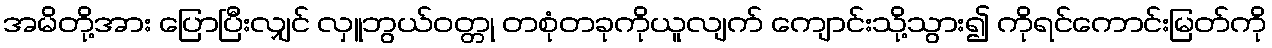
အမိတို့အား ပြောပြီးလျှင် လှူဘွယ်ဝတ္တု တစုံတခုကိုယူလျက် ကျောင်းသို့သွား၍ ကိုရင်ကောင်းမြတ်ကို